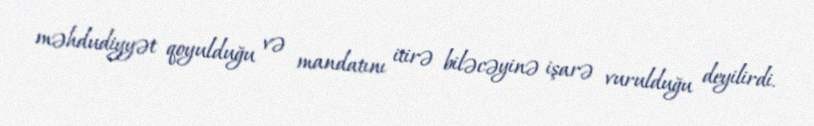
məhdudiyyət qoyulduğu və mandatını itirə biləcəyinə işarə vurulduğu deyilirdi.